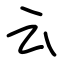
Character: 云